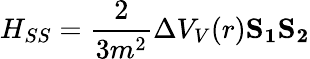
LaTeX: H_{SS}=\frac{2}{3m^{2}}\Delta V_{V}(r)\mathbf{S_{1}S_{2}}